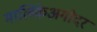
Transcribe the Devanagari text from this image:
मालिकेअगोदर